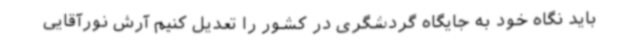
باید نگاه خود به جایگاه گردشگری در کشور را تعدیل کنیم آرش نورآقایی